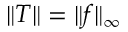
\| T \| = \| f \| _ { \infty }